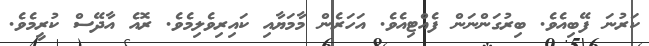
ކަރުނަ ފޭބިއެވެ. ބިރުގަންނަން ފެއްޓިއެވެ. އަހަރެން މާމަޔާއި ކައިރިވެލިމެވެ. ރޮއެ އާދޭސް ކުރީމެވެ.